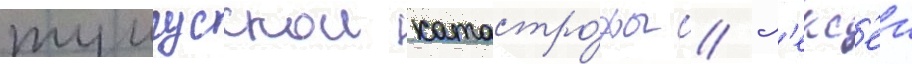
тунгусскои катастро́фы // Ал'екс'еи